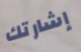
إشارتك